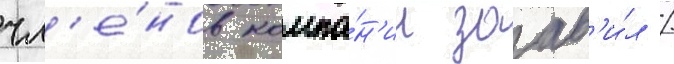
чл'е́нов компа́н'ии заав'и́л /